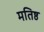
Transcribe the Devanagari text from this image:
मतिष्ठ